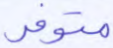
متوفر